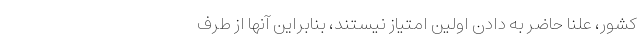
کشور، علناً حاضر به دادن اولین امتیاز نیستند، بنابراین آنها از طرف